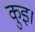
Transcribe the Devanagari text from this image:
कुइ।